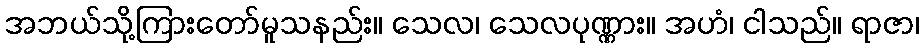
အဘယ်သို့ကြားတော်မူသနည်း။ သေလ၊ သေလပုဏ္ဏား။ အဟံ၊ ငါသည်။ ရာဇာ၊